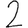
Digit: 2